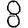
Digit: 8